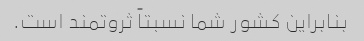
بنابراین کشور شما نسبتاً ثروتمند است.